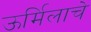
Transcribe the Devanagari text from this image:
ऊर्मिलाचे